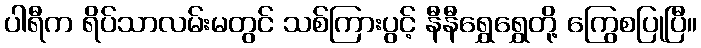
ပါရီက ရိပ်သာလမ်းမတွင် သစ်ကြားပွင့် နီနီရွှေရွှေတို့ ကြွေစပြုပြီ။